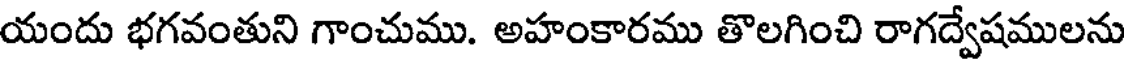
యందు భగవంతుని గాంచుము. అహంకారము తొలగించి రాగద్వేషములను